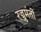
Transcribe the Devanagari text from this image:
रज्जुमंतों